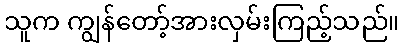
သူက ကျွန်တော့်အားလှမ်းကြည့်သည်။